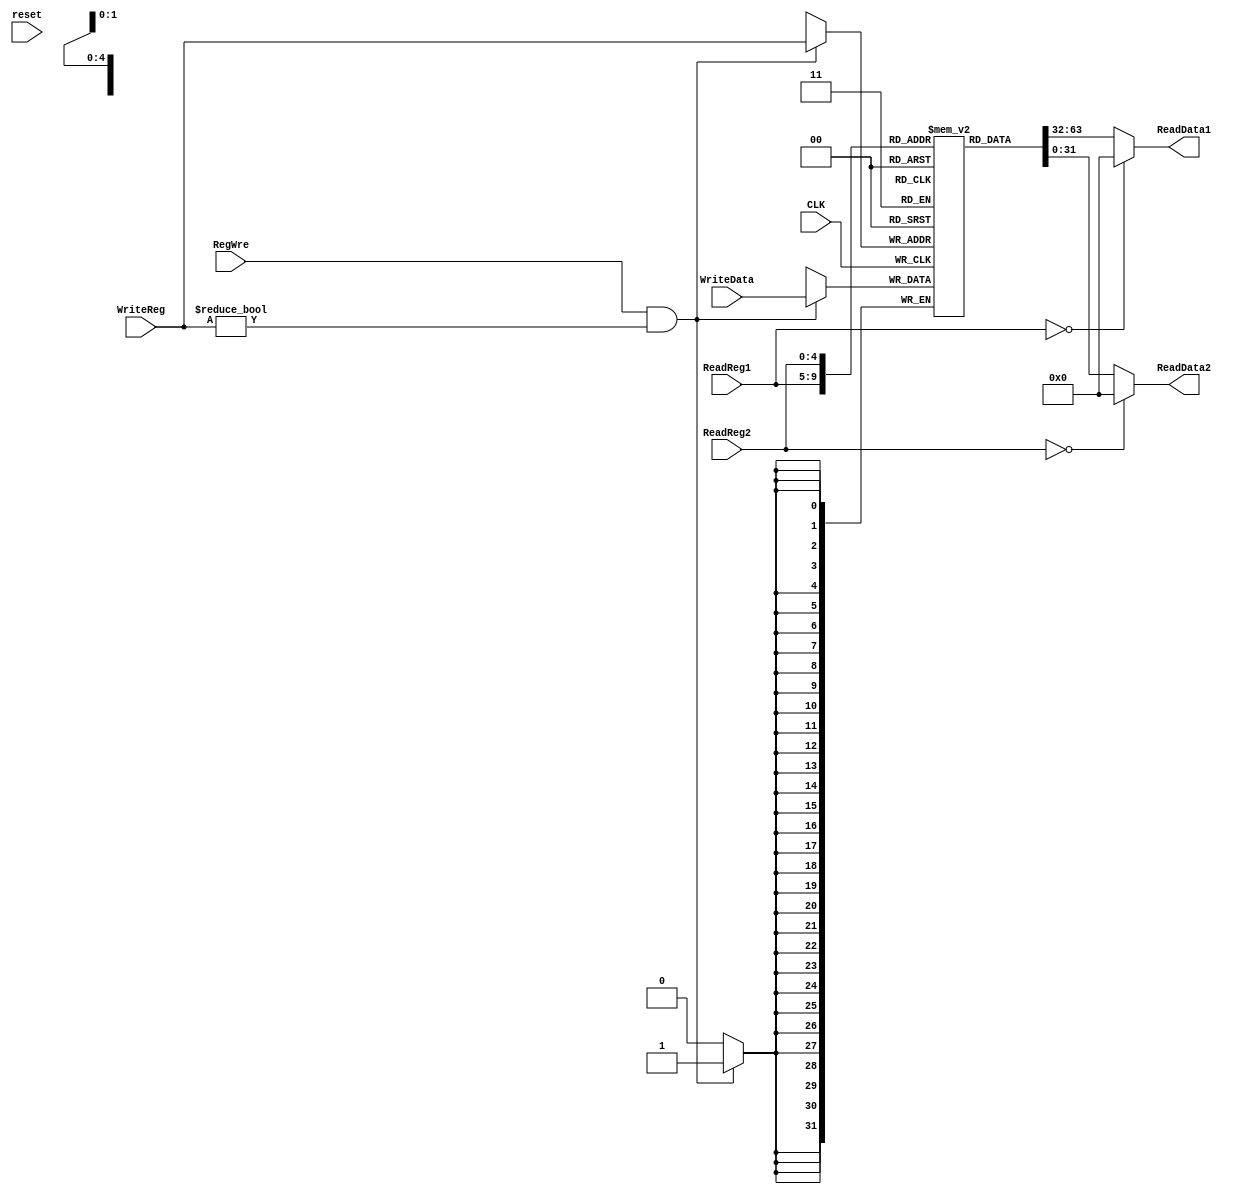
`timescale 1ns / 1ps
//////////////////////////////////////////////////////////////////////////////////
// Company: 
// Engineer: 
// 
// Design Name: 
// Module Name: RegFile
// Project Name: 
// Target Devices: 
// Tool Versions: 
// Description: 
// 
// Dependencies: 
// 
// Revision:
// Revision 0.01 - File Created
// Additional Comments:
// 
//////////////////////////////////////////////////////////////////////////////////
//
module RegFile(
	input CLK,   //
	input reset,  //
	input RegWre,  //
	input [4:0] ReadReg1,  //1
	input [4:0] ReadReg2,  //2
	input [4:0] WriteReg,  //1
	input [31:0] WriteData,  //  
	output [31:0] ReadData1,//readReg1
	output [31:0] ReadData2  //readreg2
);
	reg [31:0] regFile[0:31]; // reg 
	integer i;
	initial begin
	   for( i = 0; i < 32; i = i+1)
	       regFile[i] = 0;
	end
	assign ReadData1 = (ReadReg1 == 0 ? 0:regFile[ReadReg1]);
	assign ReadData2 = (ReadReg2 == 0 ? 0:regFile[ReadReg2]);
        
	//assign ReadData1 = regFile[ReadReg1]; //  rs
//	assign ReadData2 = regFile[ReadReg2]; 
	always @ (negedge CLK ) begin // 		
		 if(RegWre == 1 && WriteReg != 0)begin // WriteReg != 0$0
			regFile[WriteReg] <= WriteData; // 
		end		
	end
endmodule